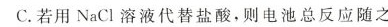
C.若用NaCl溶液代替盐酸，则电池总反应随之